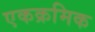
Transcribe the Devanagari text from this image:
एकक्रमिक